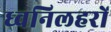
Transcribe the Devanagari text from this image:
ध्वनिलहरों